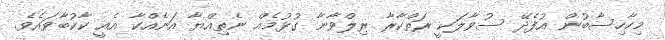
މިހާހިސާބުން އުފެދޭ ސުވާލަކީ ރަތްކާރާ ރިލްވާނާ ގުޅުމެއް ނެތިއްޔާ އަނެއްކާ އެއީ ކާކުބާވައެވެ.